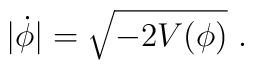
|\dot\phi| = \sqrt{-2 V(\phi)} \ .